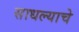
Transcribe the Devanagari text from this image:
साधल्याचे